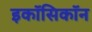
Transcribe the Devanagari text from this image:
इकॉसिकॉन